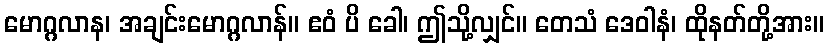
မောဂ္ဂလာန၊ အချင်းမောဂ္ဂလာန်။ ဧဝံ ပိ ခေါ၊ ဤသို့လျှင်။ တေသံ ဒေဝါနံ၊ ထိုနတ်တို့အား။